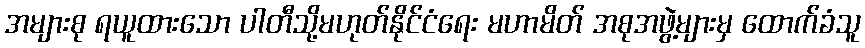
အများစု ရယူထားသော ပါတီသို့မဟုတ်နိုင်ငံရေး မဟာမိတ် အစုအဖွဲ့များမှ ထောက်ခံသူ